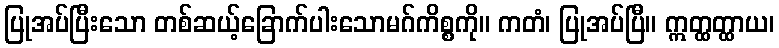
ပြုအပ်ပြီးသော တစ်ဆယ့်ခြောက်ပါးသောမဂ်ကိစ္စကို။ ကတံ၊ ပြုအပ်ပြီ။ ဣတ္ထတ္ထာယ၊